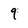
Character: 9